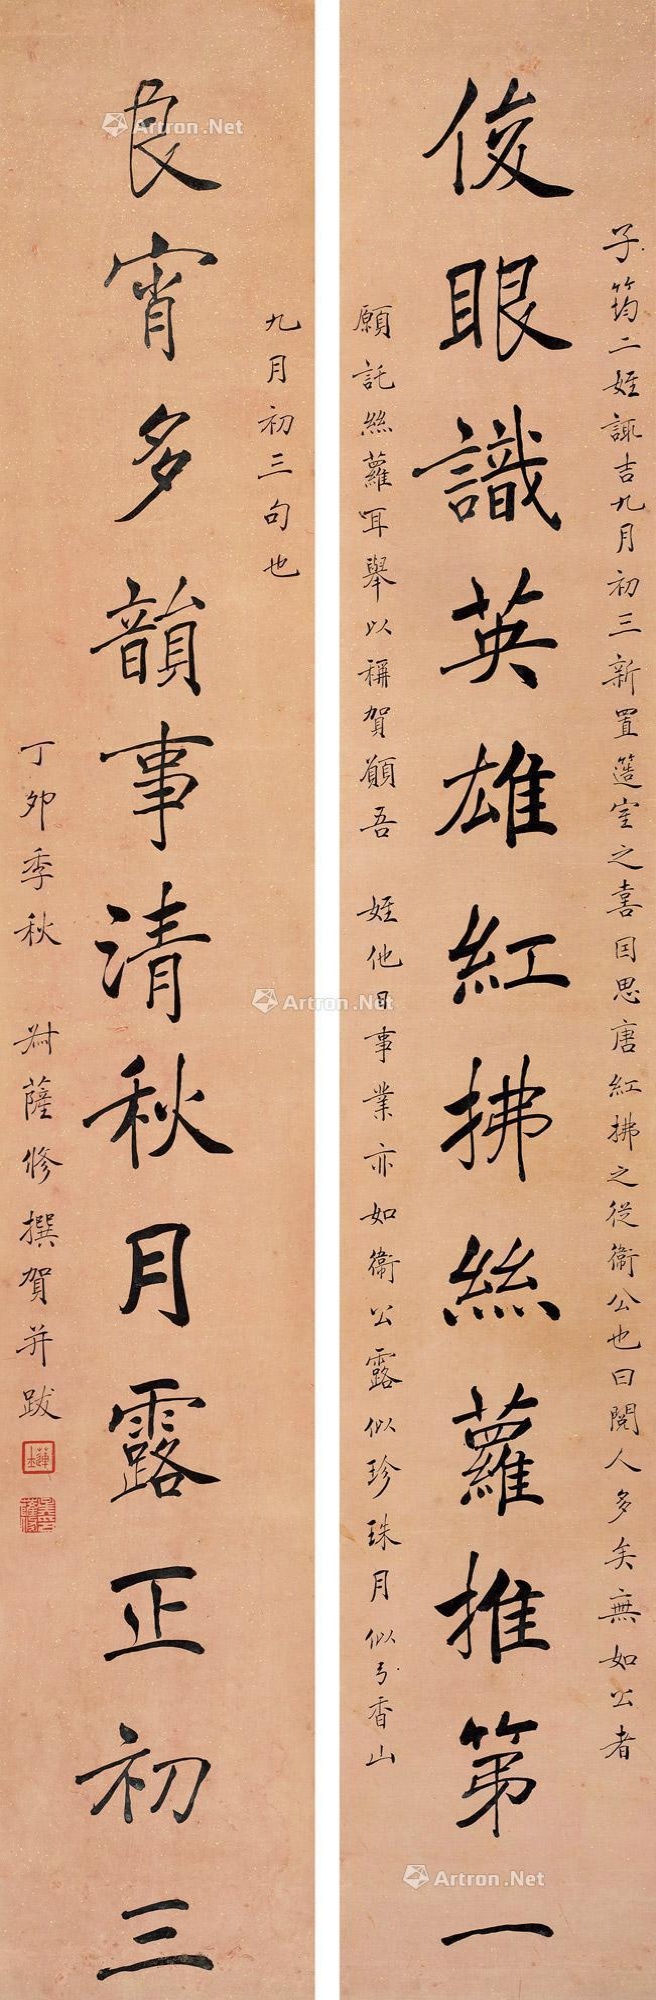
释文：俊眼识英雄红拂丝萝推第一，良宵多韵事清秋月露正初三。子筠二姪诹吉九月初三新置簉室之喜，因思唐红拂之从卫公也，曰阅人多矣，无如公者。愿讬丝萝耳。举以称贺，愿吾侄他日事业亦如卫公，露似真珠月似弓，香山九月初三句也。丁卯季秋，叔萨修撰贺并跋。